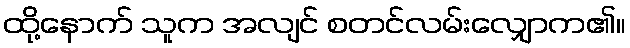
ထို့နောက် သူက အလျင် စတင်လမ်းလျှောက၏။